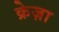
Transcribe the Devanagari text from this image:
क्रेज़ा